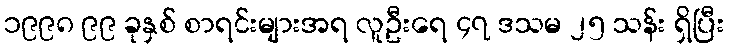
၁၉၉၈ ၉၉ ခုနှစ် စာရင်းများအရ လူဦးရေ ၄၇ ဒသမ ၂၅ သန်း ရှိပြီး